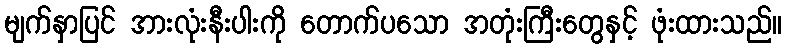
မျက်နှာပြင် အားလုံးနီးပါးကို တောက်ပသော အတုံးကြီးတွေနှင့် ဖုံးထားသည်။